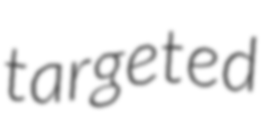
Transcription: targeted